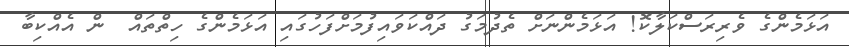
އަޅަމެންގެ ވެރިރަސްކަލާކޮ! އަޅަމެންނަށް ތެދުމަގު ދައްކަވައިފުމަށްފަހުގައި އަޅަމެންގެ ހިތްތައް  ން އެއްކިބާ